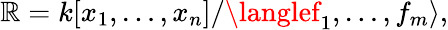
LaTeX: \mathbb{R}=k[x_{1},\ldots,x_{n}]/\langlef_{1},\ldots,f_{m}\rangle,